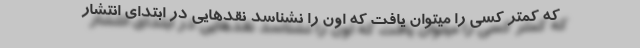
که کمتر کسی را میتوان یافت که اون را نشناسد نقدهایی در ابتدای انتشار